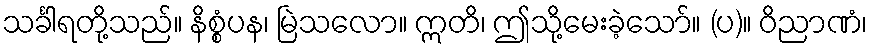
သင်္ခါရတို့သည်။ နိစ္စံပန၊ မြဲသလော။ ဣတိ၊ ဤသို့မေးခဲ့သော်။ (ပ)။ ဝိညာဏံ၊